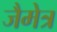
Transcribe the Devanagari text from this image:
जैमेत्र